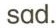
sad.